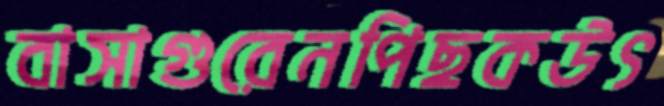
বাসাগুরেনপিছকউৎ